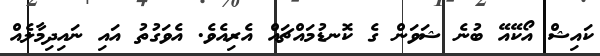
ކައިޝް އޯކޭއޭ ބުނެ ޝަވަން ގެ ކޮނޑުމައްޗައް އެރިއެވެ. އެވަގުތު އައި ނައިދިމާލެއް